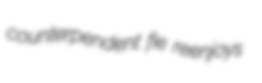
counterpendent fie reenjoys